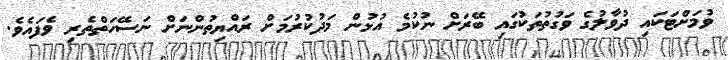
ވުމަށްޓަކައި ދުވާލުގެ ވަގުތުތަކުގައި ބޭރަށް ނުކުމެ އުޅުން މަދުކުރުމަށް ރައްޔިތުންނަށް ނަސޭހަތްތެރި ވެފައެވެ.